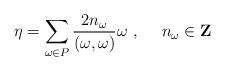
LaTeX: \begin{align*}\eta=\sum\limits_{\omega \in P}\frac{2n_\omega }{(\omega ,\omega)}\omega\ ,\ \ \ \ n_\omega \in {\bf Z}\end{align*}